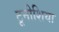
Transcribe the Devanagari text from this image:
टूनीशिया